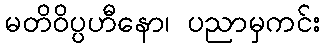
မတိဝိပ္ပဟီနော၊ ပညာမှကင်း